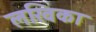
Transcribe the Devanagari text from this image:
लखिका